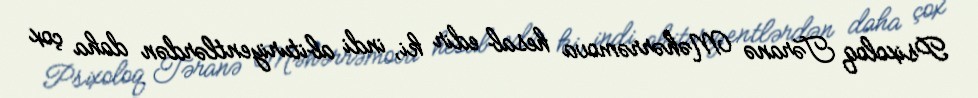
Psixoloq Təranə Məhərrəmova hesab edir ki, indi abituriyentlərdən daha çox